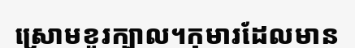
ស្រោមខួរក្បាល។កុមារដែលមាន